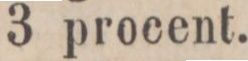
3 procent.